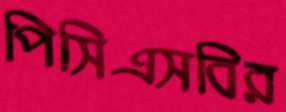
পিসিএসবির